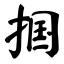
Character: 掴